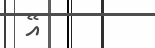
އޭ